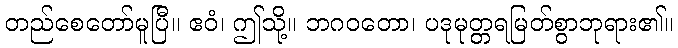
တည်စေတော်မူပြီ။ ဧဝံ၊ ဤသို့။ ဘဂဝတော၊ ပဒုမုတ္တရမြတ်စွာဘုရား၏။